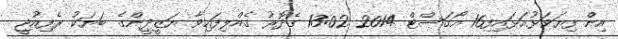
އިން ފިޔަވަޅުއަޅައިފި16 އޯގަސްޓް 2014 13:02 ގެދޮރު ގެއްލިފައިވާ ޔަޒީދީންގެ ބަޔަކު ރެފިއުޖީ